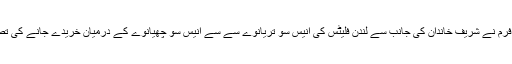
برطانوی لا فرم نے شریف خاندان کی جانب سے لندن فلیٹس کی انیس سو تریانوے سے سے انیس سو چھیانوے کے درمیان خریدے جانے کی تصدیق کردی۔